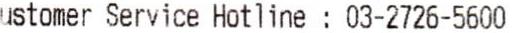
CUSTOMER SERVICE HOTLINE : 03-2726-5600